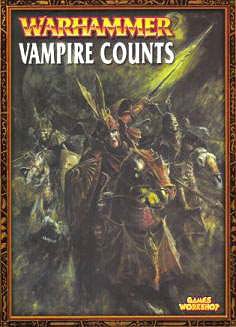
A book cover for Vampire Counts (Warhammer Armies); Tuomas Pirinen; Science Fiction & Fantasy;